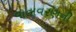
વાતાવરણની